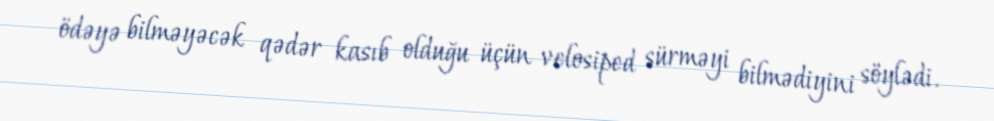
ödəyə bilməyəcək qədər kasıb olduğu üçün velosiped sürməyi bilmədiyini söylədi.